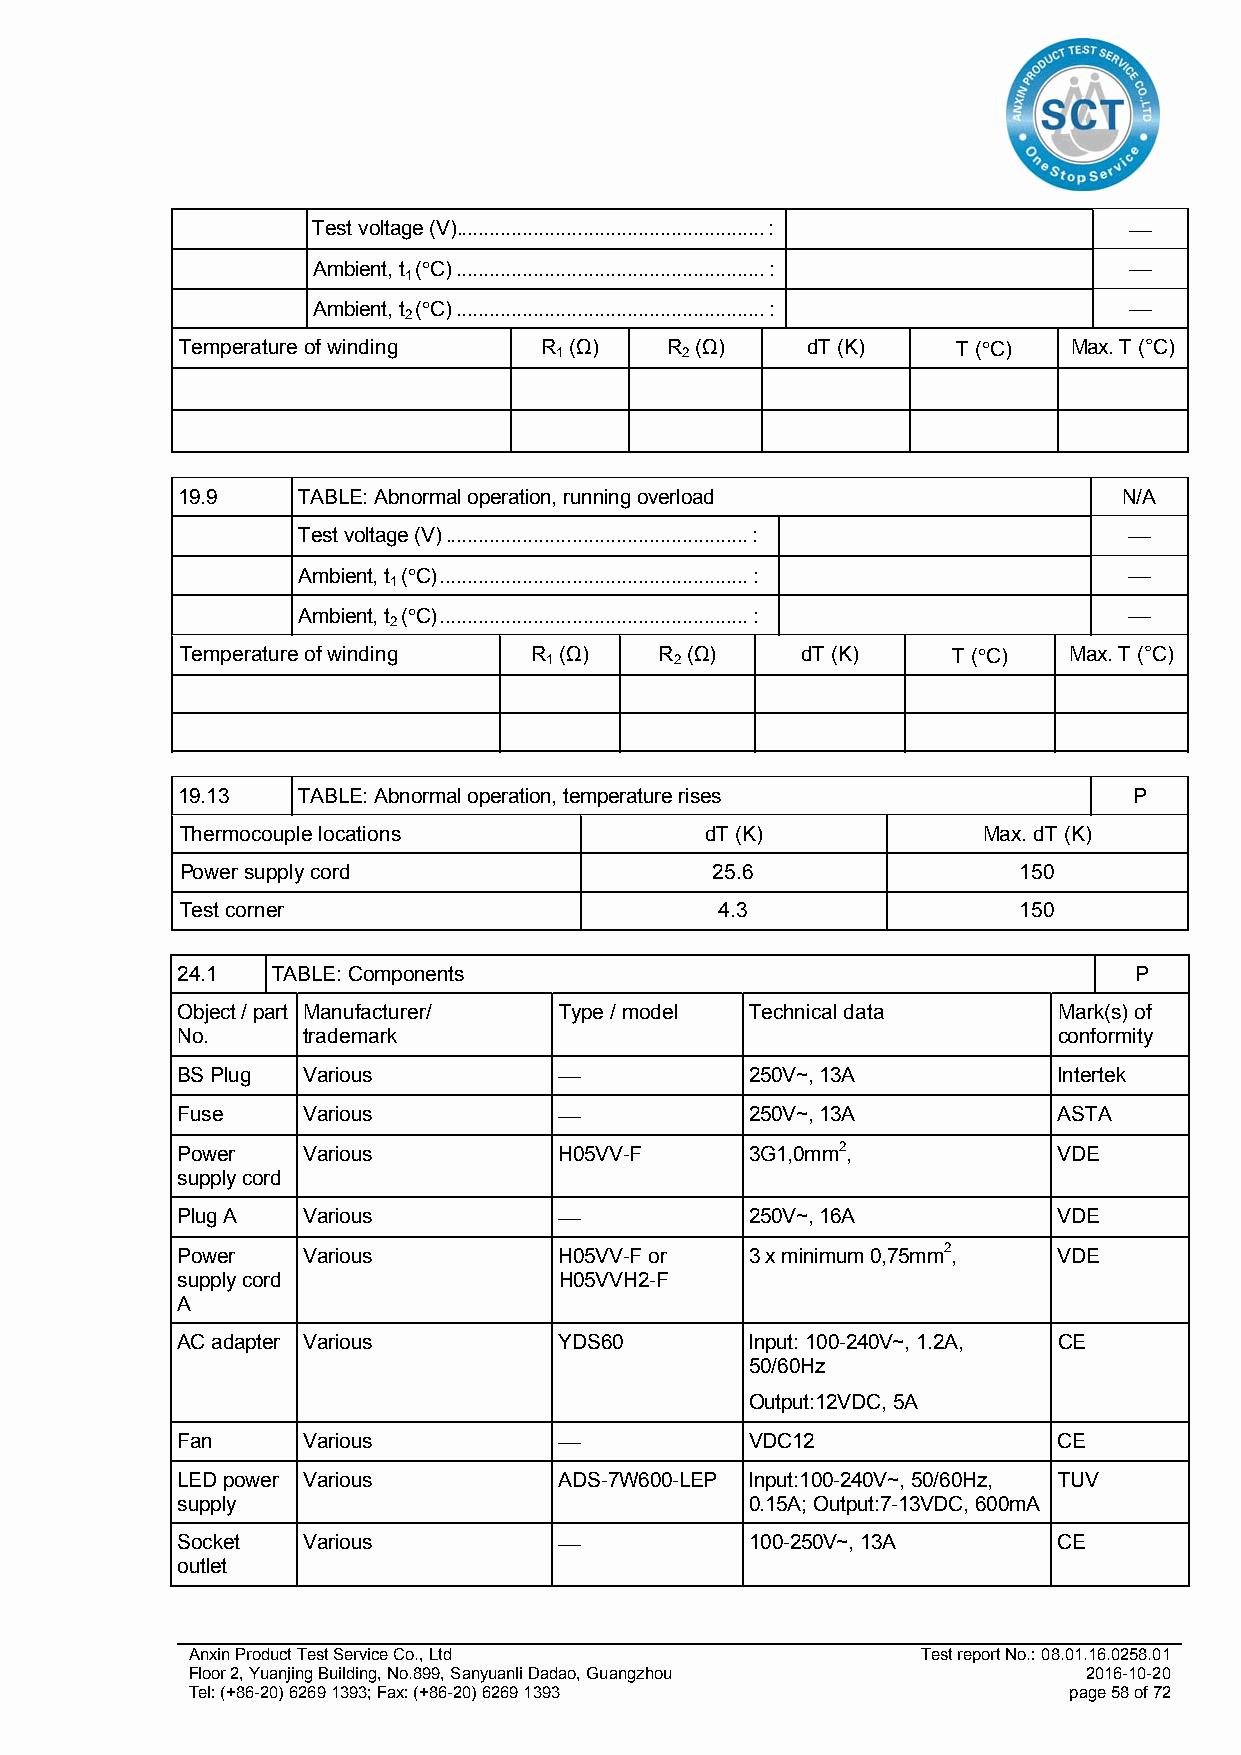
Test voltage (V) ........................................................ : 
 Ambient, t (C) ........................................................ : 
 1
 Ambient, t (C) ........................................................ : 
 2
 Temperature of winding  R (Ω)   R (Ω)    dT (K)    T (C)  Max. T (°C)
 1       2
 19.9    TABLE: Abnormal operation, running overload           N/A
 Test voltage (V) ....................................................... : 
 Ambient, t (C) ........................................................ : 
 1
 Ambient, t (C) ........................................................ : 
 2
 Temperature of winding R (Ω)    R (Ω)    dT (K)    T (C)  Max. T (°C)
 1        2
 19.13   TABLE: Abnormal operation, temperature rises           P
 Thermocouple locations             dT (K)            Max. dT (K)
 Power supply cord                  25.6                150
 Test corner                         4.3                150
 24.1  TABLE: Components                                        P
 Object / part Manufacturer/ Type / model Technical data   Mark(s) of
 No.     trademark                                         conformity
 BS Plug Various                      250V~, 13A          Intertek
 Fuse    Various                      250V~, 13A          ASTA
 Power   Various          H05VV-F      3G1,0mm2,           VDE
 supply cord
 Plug A  Various                      250V~, 16A          VDE
 Power   Various          H05VV-F or   3 x minimum 0,75mm2, VDE
 supply cord              H05VVH2-F
 A
 AC adapter Various       YDS60        Input: 100-240V~, 1.2A, CE
 50/60Hz
 Output:12VDC, 5A
 Fan     Various                      VDC12               CE
 LED power Various        ADS-7W600-LEP Input:100-240V~, 50/60Hz, TUV
 supply                                0.15A; Output:7-13VDC, 600mA
 Socket  Various                      100-250V~, 13A      CE
 outlet
 Anxin Product Test Service Co., Ltd              Test report No.: 08.01.16.0258.01
 Floor 2, Yuanjing Building, No.899, Sanyuanli Dadao, Guangzhou 2016-10-20
 Tel: (+86-20) 6269 1393; Fax: (+86-20) 6269 1393           page 58 of 72